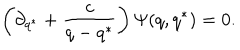
\left( \partial _ { q ^ { * } } + \frac { c } { q - q ^ { * } } \right) \Psi ( q , q ^ { * } ) = 0 .